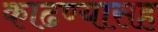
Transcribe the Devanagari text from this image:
काढण्यासह